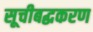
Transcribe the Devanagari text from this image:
सूचीबद्धकरण